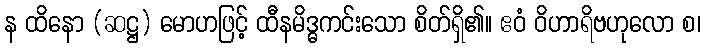
န ထိနော (ဆဋ္ဌ) မောဟဖြင့် ထီနမိဒ္ဓကင်းသော စိတ်ရှိ၏။ ဧဝံ ဝိဟာရိဗဟုလော စ၊